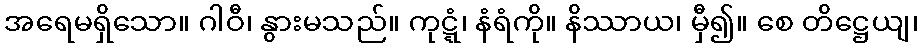
အရေမရှိသော။ ဂါဝီ၊ နွားမသည်။ ကုဋ္ဋံ၊ နံရံကို။ နိဿာယ၊ မှီ၍။ စေ တိဋ္ဌေယျ၊